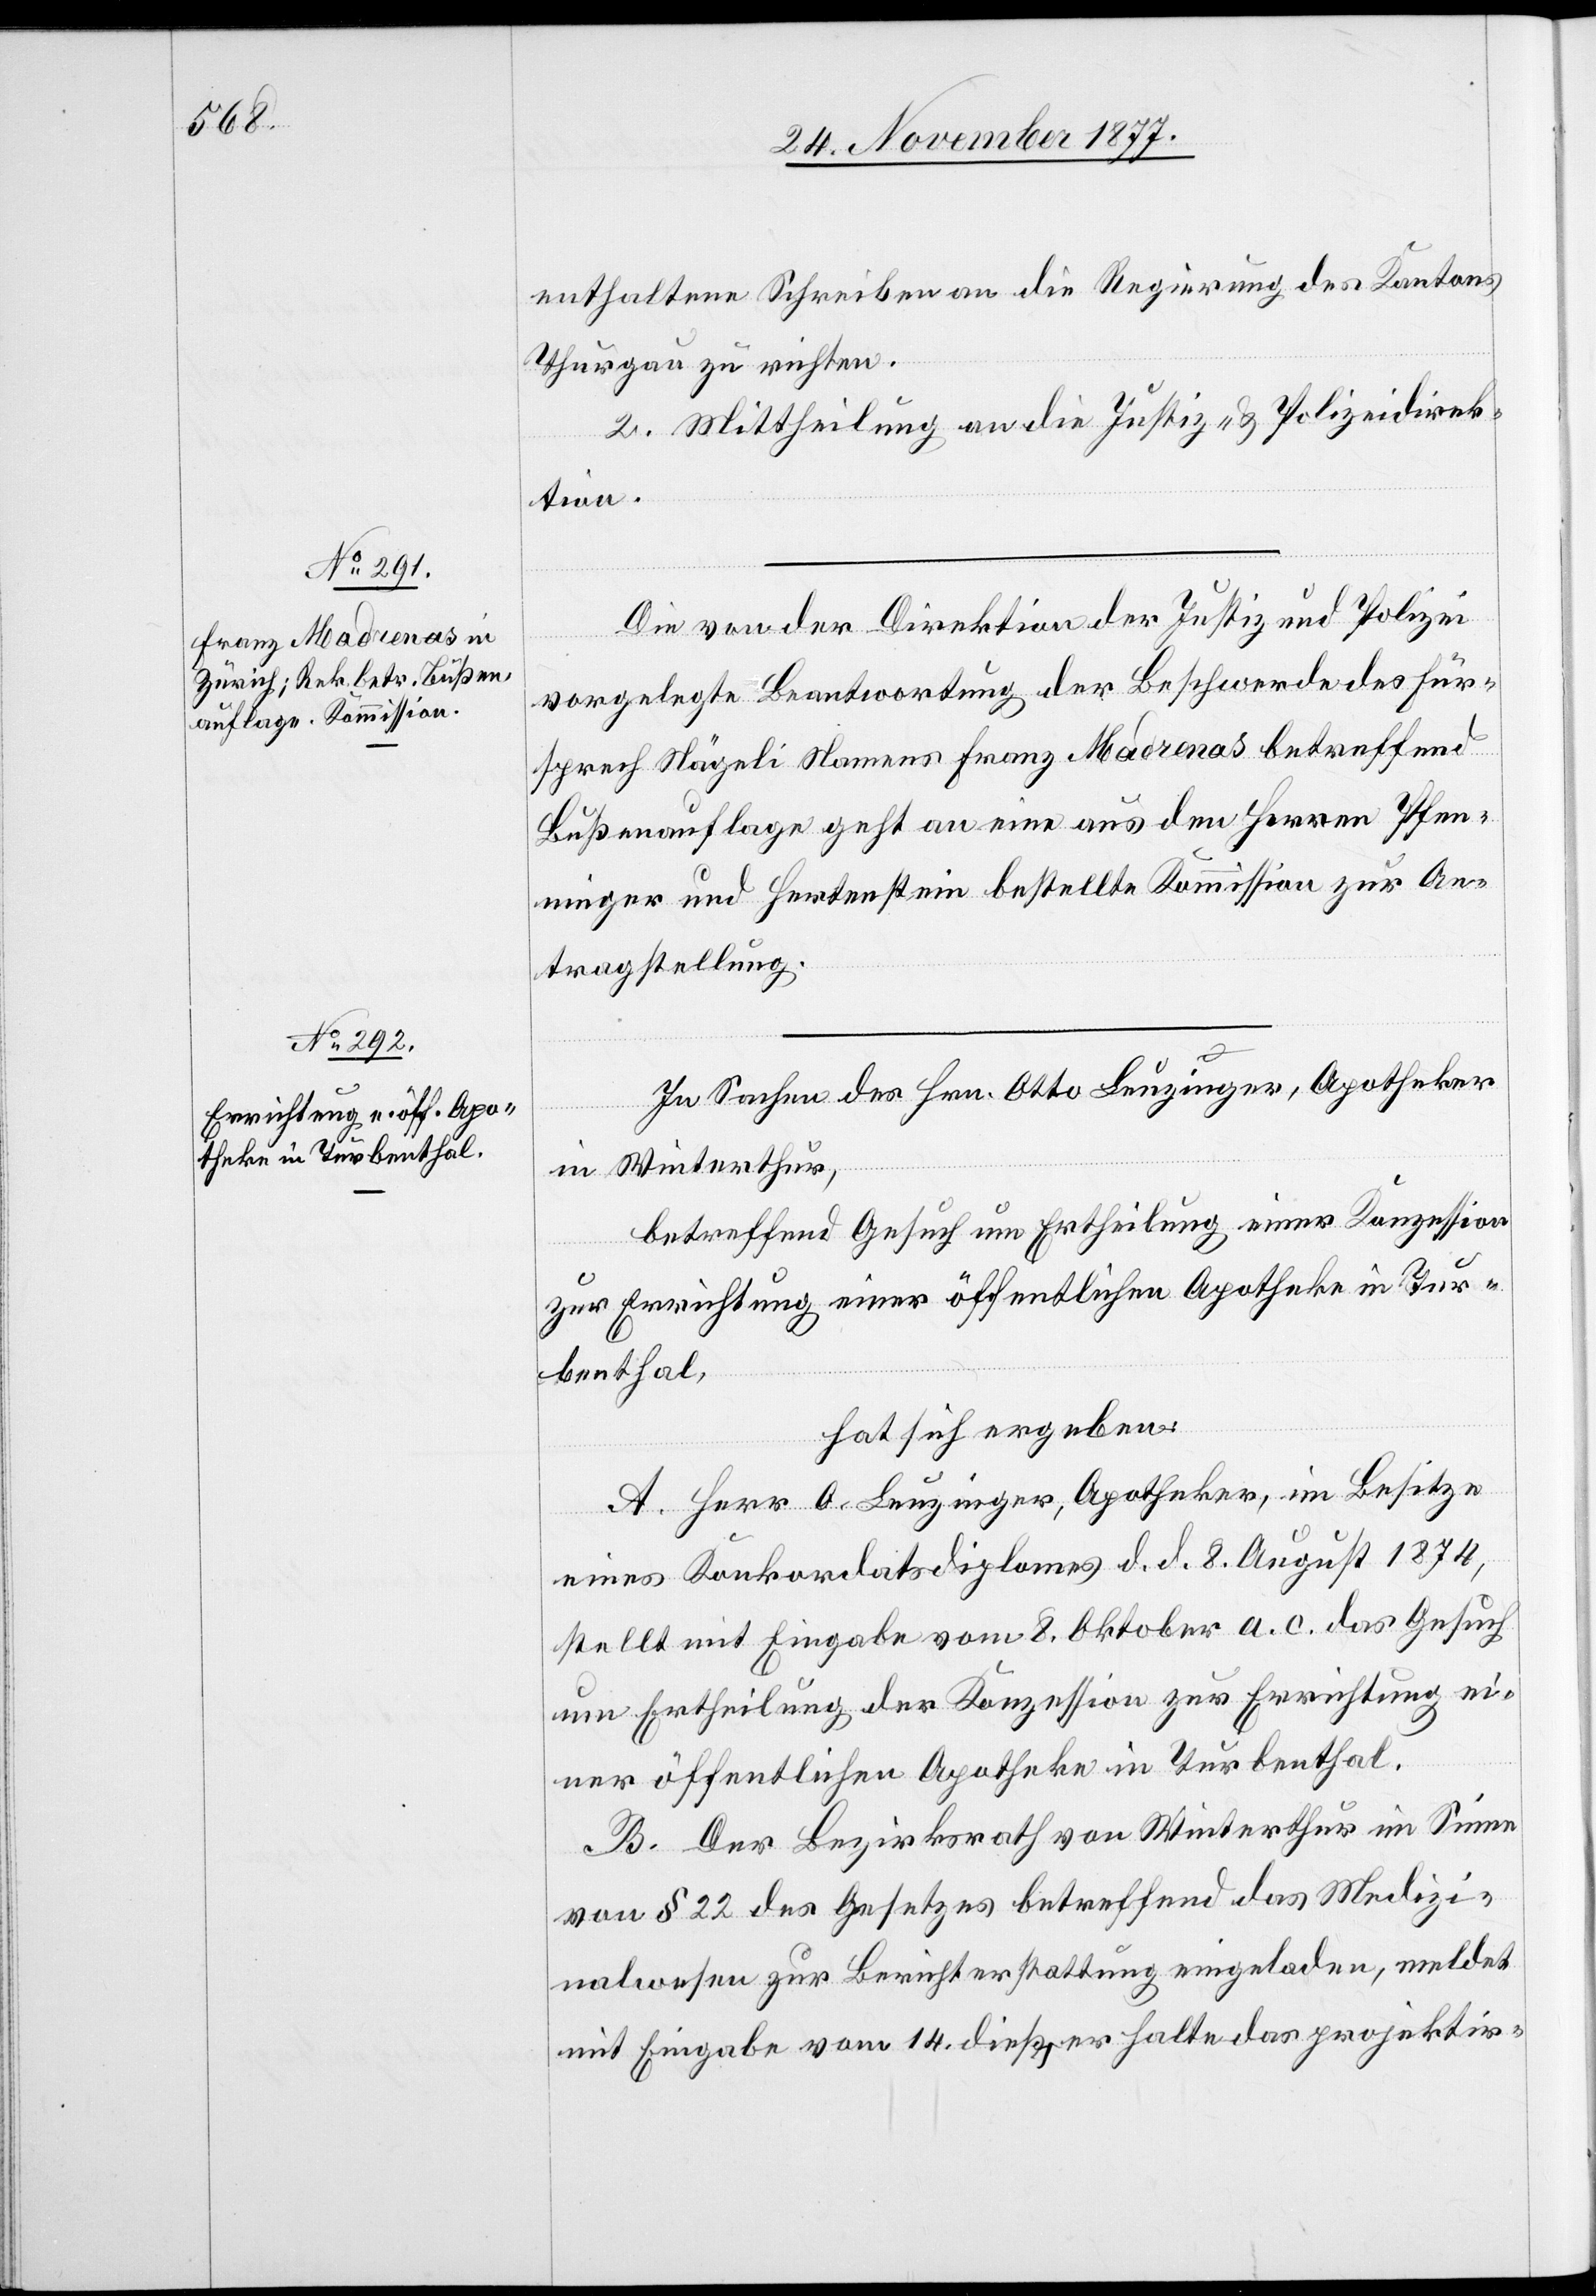
enthaltene Schreiben an die Regierung des Kantons
Thurgau zu richten.
2. Mittheilung an die Justiz- & Polizeidirek¬
tion.
Die von der Direktion der Justiz und Polizei
vorgelegte Beantwortung der Beschwerde des Für¬
sprech Nägeli Namens Franz Madrenas betreffend
Bußenauflage geht an eine aus den Herren Pfen¬
ninger und Hertenstein bestellte Kommission zur An¬
tragstellung.
In Sachen des Hrn. Otto Leuzinger, Apotheker
in Winterthur,
betreffend Gesuch um Ertheilung einer Konzession
zur Errichtung einer öffentlichen Apotheke in Tur¬
benthal,
hat sich ergeben:
A. Herr O. Leuzinger, Apotheker, im Besitze
eines Konkordatsdiplomes d. d. 8. August 1874,
stellt mit Eingabe vom 8. Oktober a. c. das Gesuch
um Ertheilung der Konzession zur Errichtung ei¬
ner öffentlichen Apotheke in Turbenthal.
B. Der Bezirksrath von Winterthur im Sinne
von § 22 des Gesetzes betreffend das Medizi¬
nalwesen zur Berichterstattung eingeladen, meldet
mit Eingabe vom 14. dieß, er halte das projektir-